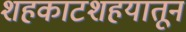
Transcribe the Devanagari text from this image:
शहकाटशहयातून